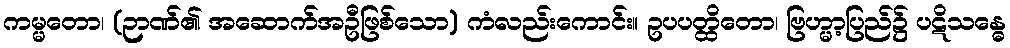
ကမ္မတော၊ (ဉာဏ်၏ အဆောက်အဦဖြစ်သော) ကံလည်းကောင်း။ ဥပပတ္ထိတော၊ ဗြဟ္မာ့ပြည်၌ ပဋိသန္ဓေ